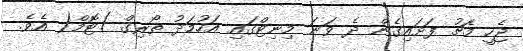
ޖެހީ މެޗު ފަށައިގެން ދެ ވަނަ މިނިޓްގައި އަހުމަދު ތޯރިގް )ޓޮމް( އެވެ.